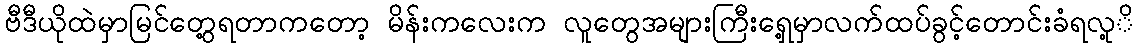
ဗီဒီယိုထဲမှာမြင်တွေ့ရတာကတော့ မိန်းကလေးက လူတွေအများကြီးရှေ့မှာလက်ထပ်ခွင့်တောင်းခံရလု့ိ